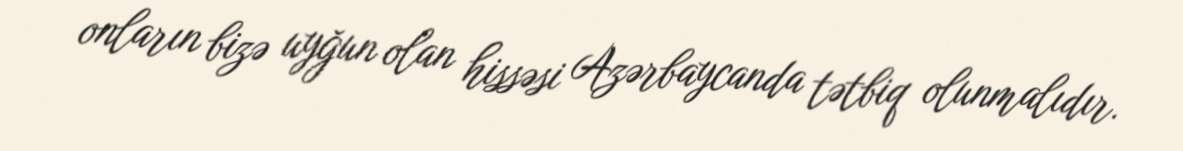
onların bizə uyğun olan hissəsi Azərbaycanda tətbiq olunmalıdır.